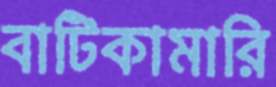
বাটিকামারি